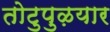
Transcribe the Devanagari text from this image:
तोटुपुऴयार